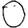
Digit: 0